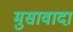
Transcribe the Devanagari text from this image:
मुसावादा